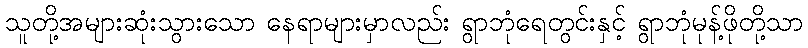
သူတို့အများဆုံးသွားသော နေရာများမှာလည်း ရွာဘုံရေတွင်းနှင့် ရွာဘုံမုန့်ဖိုတို့သာ